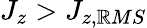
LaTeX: J_{z}>J_{z,\mathbb{R}MS}